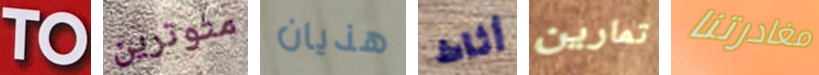
TO متوترين هذيان أثاث تمارين مغادرتنا